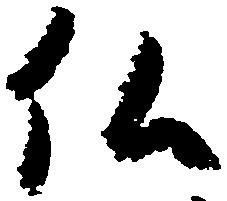
仏